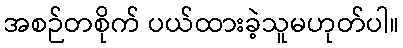
အစဉ်တစိုက် ပယ်ထားခဲ့သူမဟုတ်ပါ။